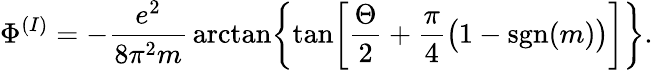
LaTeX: \Phi^{(I)}=-{\frac{e^{2}}{8\pi^{2}m}}\arctan\biggl\{ \tan\biggl[{\frac{\Theta}{2}}+{\frac{\pi}{4}}\bigl(1-\mathrm{sgn}(m)\bigr)\biggr]\biggr\} .